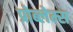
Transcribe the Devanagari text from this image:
प्रोब्लेम्स